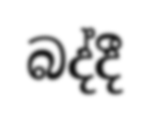
බද්දී